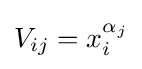
V_{ij}=x_{i}^{\alpha _{j}}